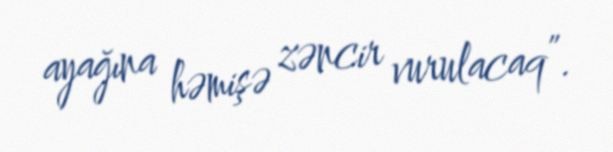
ayağına həmişə zəncir vurulacaq”.